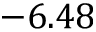
- 6 . 4 8